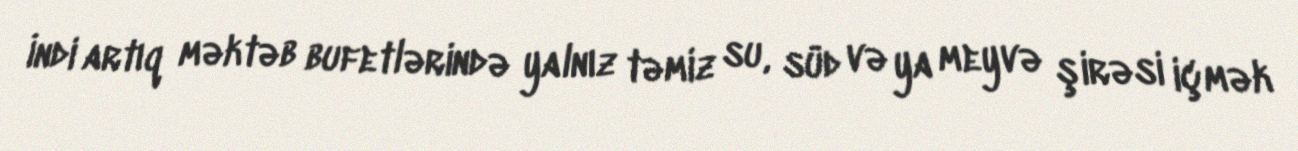
İndi artıq məktəb bufetlərində yalnız təmiz su, süd və ya meyvə şirəsi içmək